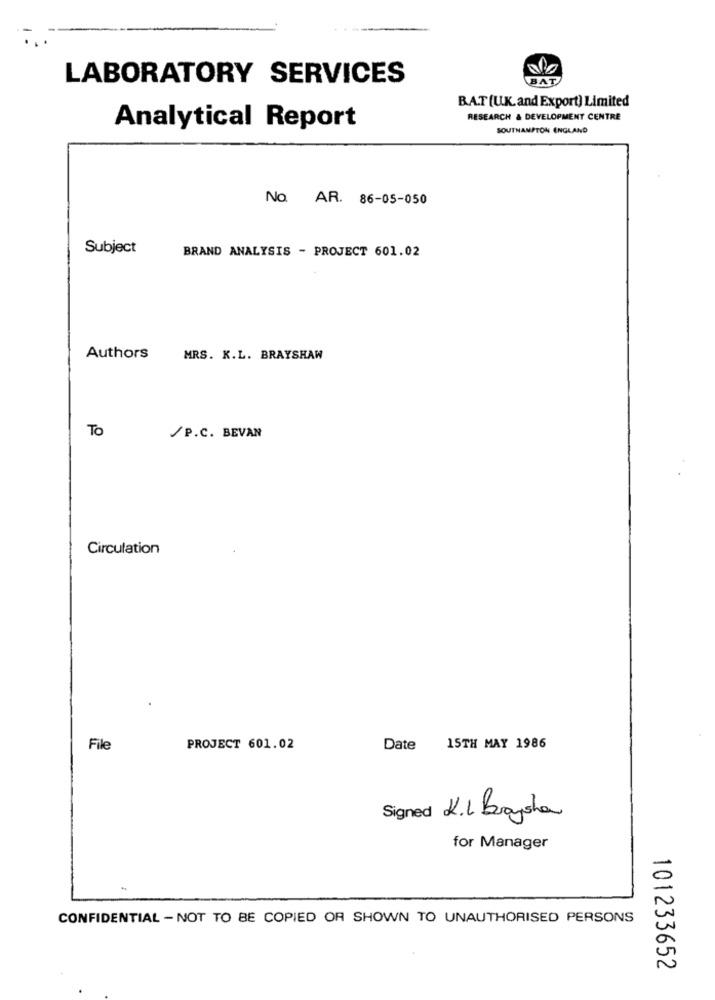
LABORATORY SERVICES
BAT
BAT (UK.and Export) Limited
RESEARCH & DEVELOPMENT CENTRE
Analytical Report
SOUTHAMPTON ENGLAND
No. AR. 86-05-050
Subject
BRAND ANALYSIS - PROJECT 601.02
Authors
MRS. K.L. BRAYSHAW
To
/P.C. BEVAN
Circulation
File
PROJECT 601.02
Date
15TH MAY 1986
Signed K.L Boysha
for Manager
CONFIDENTIAL - NOT TO BE COPIED OR SHOWN TO UNAUTHORISED PERSONS
101233652